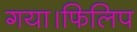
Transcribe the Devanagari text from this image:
गया।फिलिप